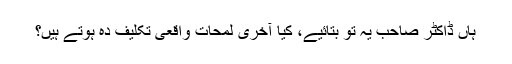
ہاں ڈاکٹر صاحب یہ تو بتائیے، کیا آخری لمحات واقعی تکلیف دہ ہوتے ہیں؟